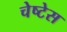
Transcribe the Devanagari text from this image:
चेष्टेस